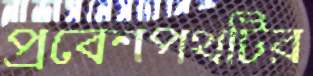
প্রবেশপথটির